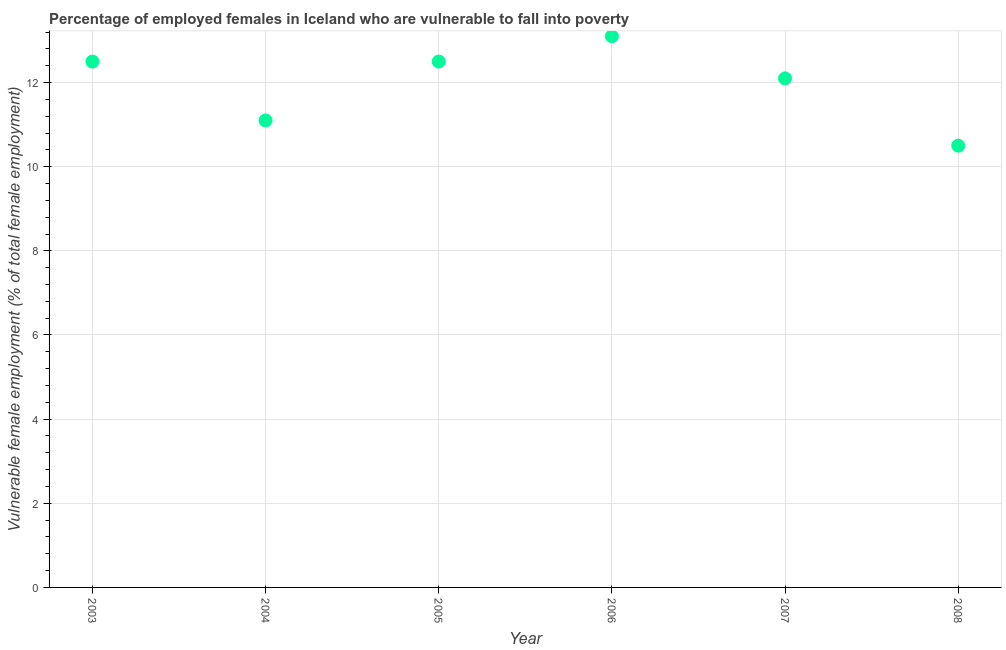
| Year | Percentage of employed females who are vulnerable to fall into poverty |
 | --- | --- |
 | 2003 | 12.5 |
 | 2004 | 11.1 |
 | 2005 | 12.5 |
 | 2006 | 13.1 |
 | 2007 | 12.1 |
 | 2008 | 10.5 |